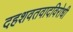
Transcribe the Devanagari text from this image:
दहशवतवादविरोधी